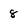
Character: 8